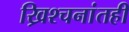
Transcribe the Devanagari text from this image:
ख्रिश्चनांतही